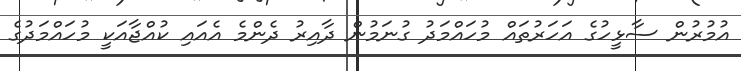
އުމުރުން ސާޅީހުގެ އަހަރުތައް މުހައްމަދު ގުނަމުން ދާއިރު ދެންމެ އެއައި ކުއްޖާއަކީ މުހައްމަދުގެ